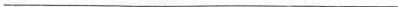
___